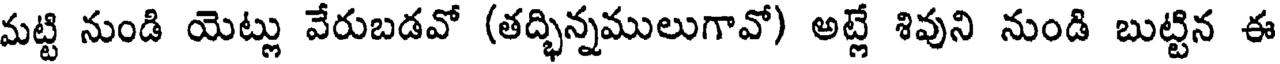
మట్టి నుండి యెట్లు వేరుబడవో (తద్భిన్నములుగావో) అట్లే శివుని నుండి బుట్టిన ఈ